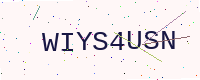
Text: WIYS4USN